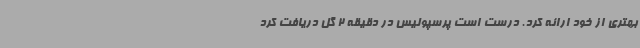
بهتری از خود ارائه کرد. درست است پرسپولیس در دقیقه 2 گل دریافت کرد